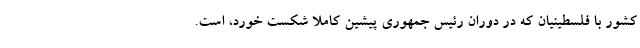
کشور با فلسطینیان که در دوران رئیس جمهوری پیشین کاملا شکست خورد، است.